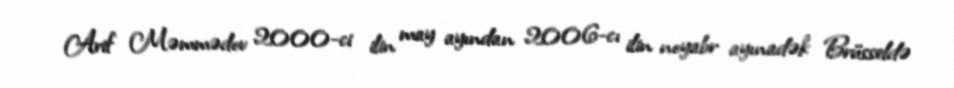
Arif Məmmədov 2000-ci ilin may ayından 2006-cı ilin noyabr ayınadək Brüsseldə